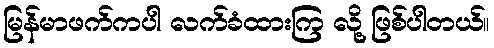
မြန်မာဖက်ကပါ လက်ခံထားကြ လို့ ဖြစ်ပါတယ်။